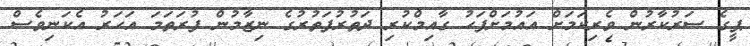
ޕީގެ ސަރުކާރުން ވެރިކަމަށް އައުމަށްފަހު ގާއިމްކުރި ދަތުރުފަތުރުގެ ނިޒާމުން ފުރަތަމަ އަހަރު އެކަނިވެސް